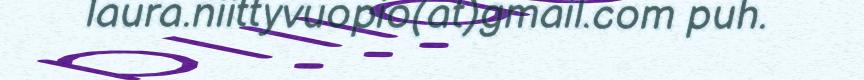
laura.niittyvuopio(at)gmail.com puh.